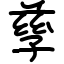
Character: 孳